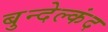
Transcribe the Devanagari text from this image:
बुन्देल्कंद